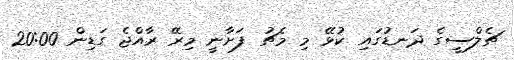
ޗެލްސީގެ ދަނޑުގައި ކުޅޭ މި މެޗު ފަށާނީ މިރޭ ރާއްޖެ ގަޑިން 20:00